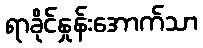
ရာခိုင်နှုန်းအောက်သာ